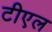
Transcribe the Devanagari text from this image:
टीएल